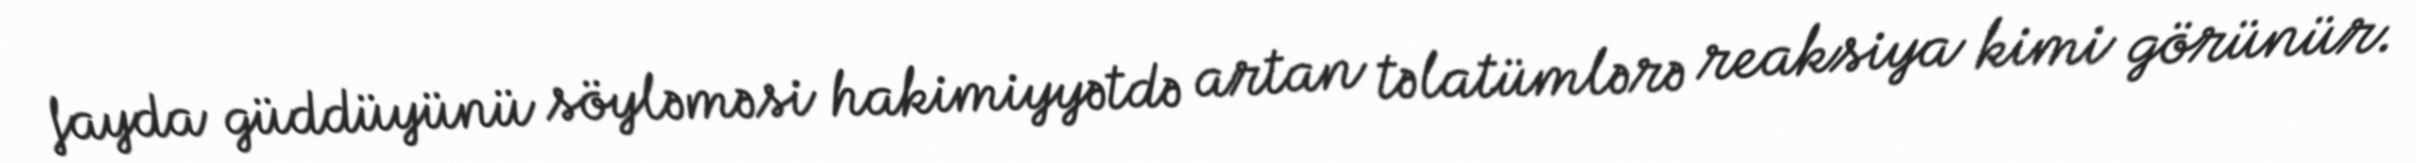
fayda güddüyünü söyləməsi hakimiyyətdə artan təlatümlərə reaksiya kimi görünür.